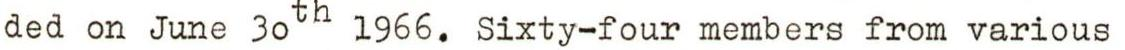
ded on June 30th 1966. Sixty-four members from various